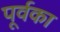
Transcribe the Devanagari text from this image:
पूर्वका